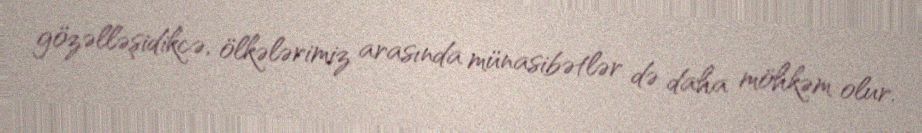
gözəlləşidikcə, ölkələrimiz arasında münasibətlər də daha möhkəm olur.